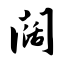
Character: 阔